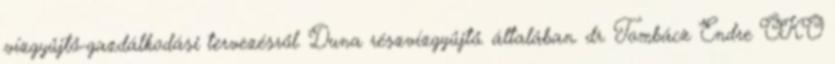
vízgyűjtő-gazdálkodási tervezésről. Duna részvízgyűjtő. általában. dr. Tombácz Endre ÖKO